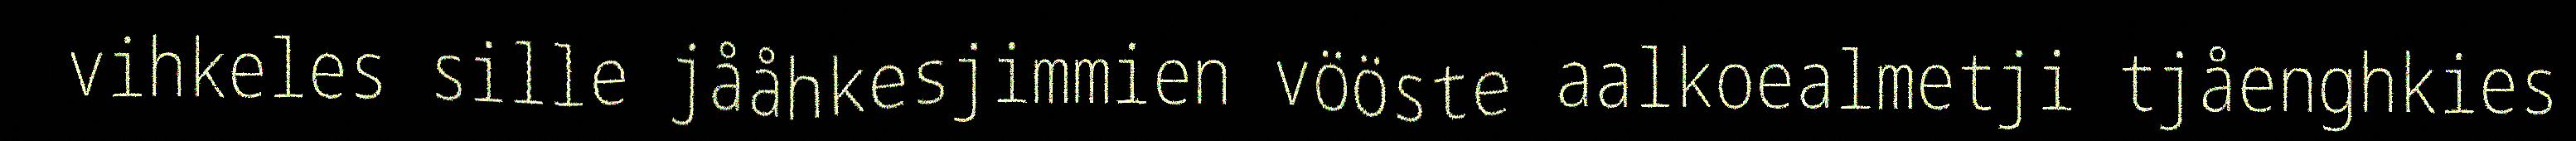
vihkeles sille jååhkesjimmien vööste aalkoealmetji tjåenghkies